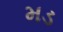
મડ